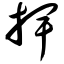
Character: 捭